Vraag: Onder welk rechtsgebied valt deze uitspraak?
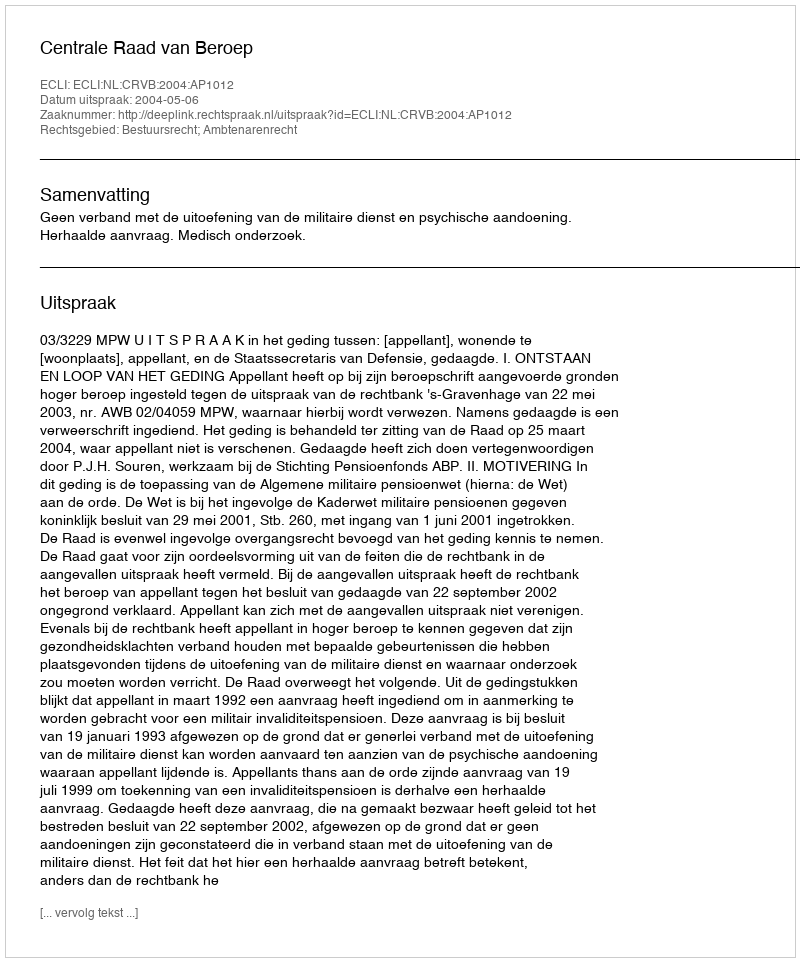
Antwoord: Bestuursrecht; Ambtenarenrecht